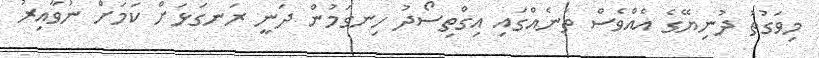
މިވަގުތު ދުނިޔޭގެ އެއްވެސް ތަނެއްގައި އިގްތިސޯދު ހިނގަމުން ދަނީ ރަނގަޅަށް ކަމަށް ނުވާއިރު